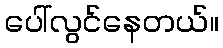
ပေါ်လွင်နေတယ်။